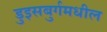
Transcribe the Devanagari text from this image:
डुइसबुर्गमधील